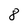
Character: 8